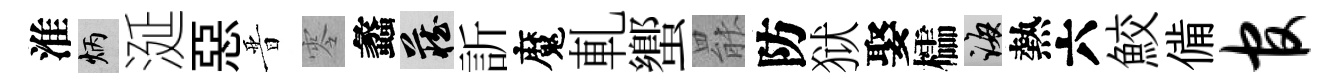
淮炳涎惡晋零蠡藏訢魔軋蠁罷防狱娶櫺誨熱六鮫備官